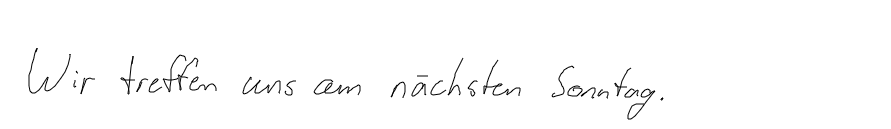
Wir treffen uns am nächsten Sonntag.